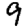
Digit: 9